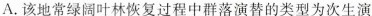
A.该地常绿阔叶林恢复过程中群落演替的类型为次生演